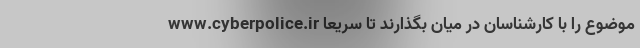
www.cyberpolice.ir موضوع را با کارشناسان در میان بگذارند تا سریعا